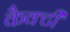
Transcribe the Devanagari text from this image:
कैक्टी